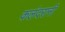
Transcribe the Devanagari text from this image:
कलंदरानी